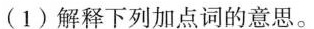
(1)解释下列加点词的意思。